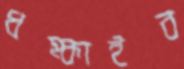
ধম্‌কাইব